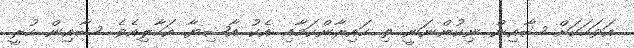
އަވަހަކަށް ޝާއިން ނިކުންނަނީ ތި ހައިރާންކަމާއި އެކު އާޝިޔާ އަހާލިއެވެ. ޝާއިން ހުރީ